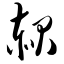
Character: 赧